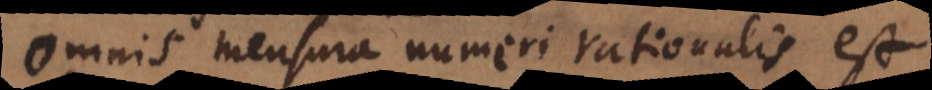
Omnis mensura numeri rationalis est